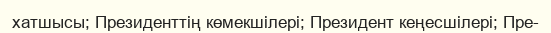
хатшысы; Президенттің көмекшілері; Президент кеңесшілері; Пре-